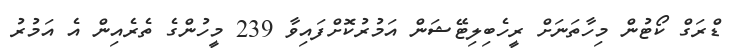
ޑްރަގް ކޯޓުން މިހާތަނަށް ރީހެބިލިޓޭޝަން އަމުރުކޮށްފައިވާ 239 މީހުންގެ ތެރެއިން އެ އަމުރު